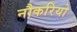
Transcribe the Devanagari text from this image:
नौकरियो